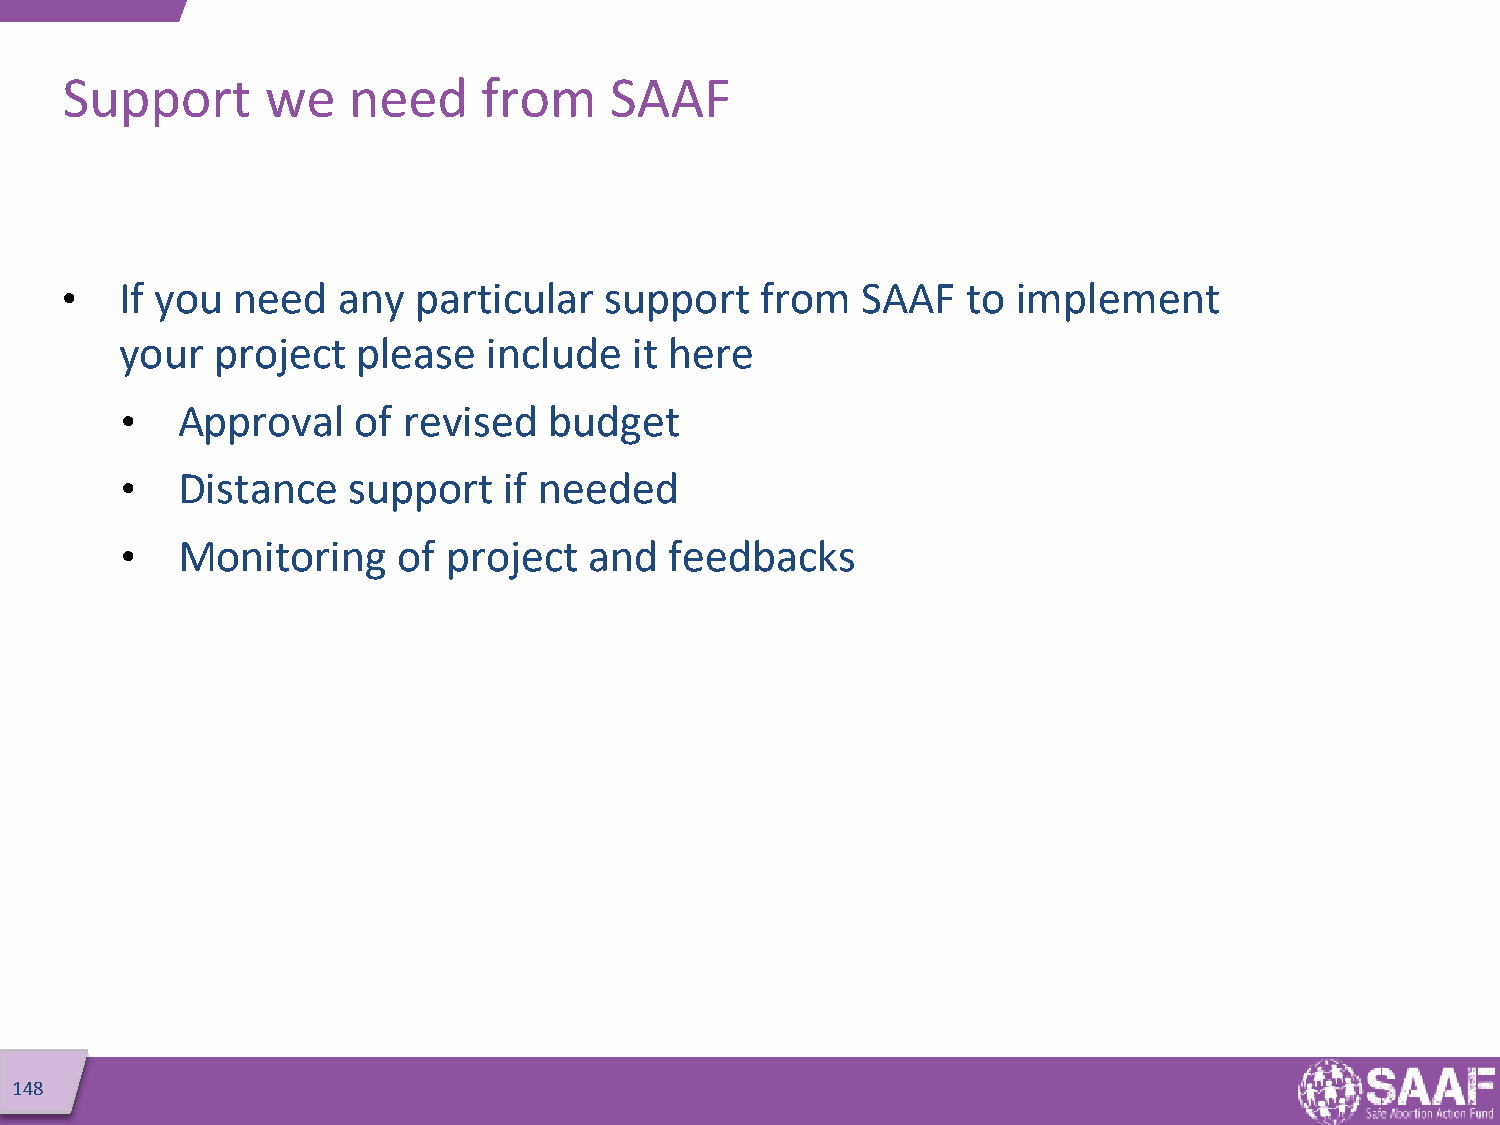
Support       we   need     from    SAAF
 •   If you need   any  particular   support   from   SAAF   to implement
 your  project   please  include   it here
 •   Approval    of revised  budget
 •   Distance   support   if needed
 •   Monitoring    of  project  and  feedbacks
 148